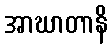
အာဃာတာနိ